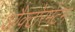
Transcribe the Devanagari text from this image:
औक्टोरमेंटम